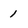
Character: 1